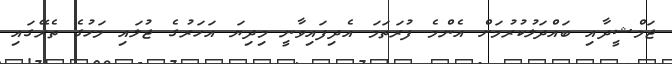
ޖަމްޝީދާއި ބައްދަލުކުރުމަށް އެންމެ ފުރަތަމަ އެދިފައިވާނީ މިދިޔަ އަހަރުގެ ޖުލައި މަހުގެ ތެރޭގައި